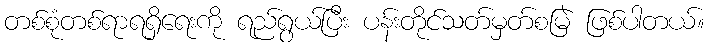
တစ်စုံတစ်ရာရရှိရေးကို ရည်ရွယ်ပြီး ပန်းတိုင်သတ်မှတ်စမြဲ ဖြစ်ပါတယ်။